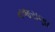
નજરાણા